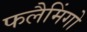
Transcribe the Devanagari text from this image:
फलैमिंगो